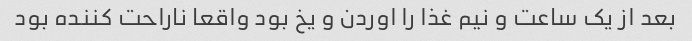
بعد از یک ساعت و نیم غذا را اوردن و یخ بود واقعا ناراحت کننده بود